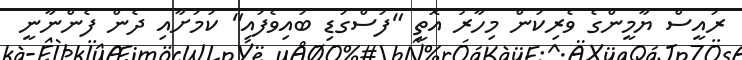
ރައީސް ޔާމީންގެ ވެރިކަން މިހާރު އޮތީ "ފަސްގަޑި ބައިވެފައި" ކަމަށާއި ދެން ފެންނާނީ